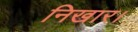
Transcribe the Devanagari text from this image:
निखार।